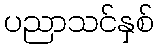
ပညာသင်နှစ်